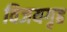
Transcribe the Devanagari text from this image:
विजयगृह